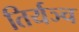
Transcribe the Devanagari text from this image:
तिर्यञ्च